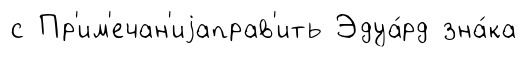
с Пр'им'ечан'иjаправ'ить Эдуа́рд зна́ка